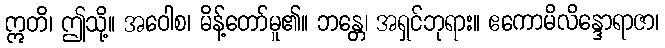
ဣတိ၊ ဤသို့။ အဝေါစ၊ မိန့်တော်မူ၏။ ဘန္တေ၊ အရှင်ဘုရား။ ဧကောမိလိန္ဒောရာဇာ၊